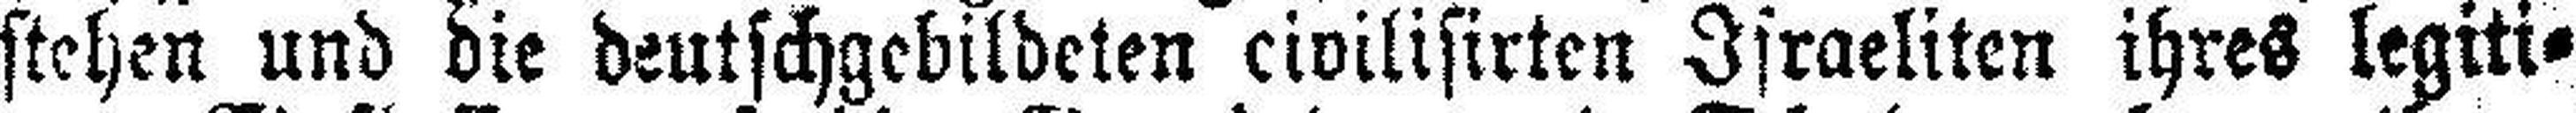
stehen und die deutschgebildeten civilisirten Israeliten ihres legiti¬